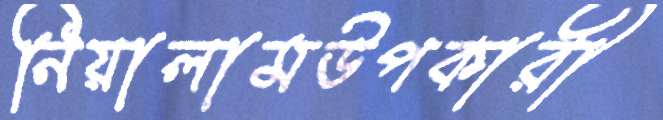
নিয়ালামউপকারী